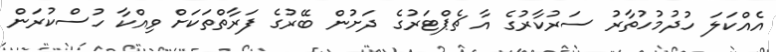
އެއްކަލަ ހުދުމުހުތާރު ސަރުކާރުގެ އާ ޗެޕްޓަރުގެ ދަށުން ބޭރުގެ ފަރާތްތަކަށް ވިއްކާ ހުސްކުރަން